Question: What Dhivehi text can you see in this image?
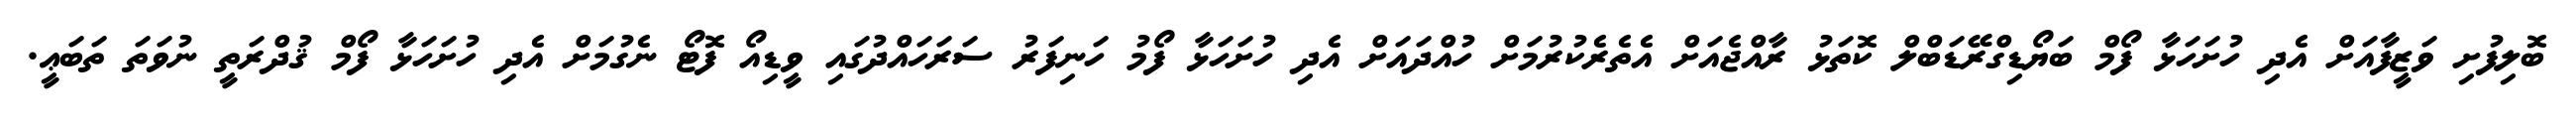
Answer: ބޮލިފުށި ވަޒީފާއަށް އެދި ހުށަހަޅާ ފޯމް ބަޔޯޑިގްރޭޑަބްލް ކޮތަޅު ރާއްޖެއަށް އެތެރެކުރުމަށް ހުއްދައަށް އެދި ހުށަހަޅާ ފޯމު ހަނިފަރު ސަރަހައްދުގައި ވީޑިއޯ ފޮޓޯ ނެގުމަށް އެދި ހުށަހަޅާ ފޯމް ޤުދްރަތީ ނުވަތަ ތަބަޢީ.